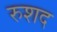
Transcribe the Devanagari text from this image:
रुशद